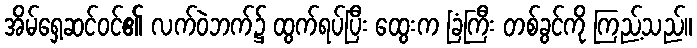
အိမ်ရှေ့ဆင်ဝင်၏ လက်ဝဲဘက်၌ ထွက်ရပ်ပြီး ထွေးက ခြံကြီး တစ်ခွင်ကို ကြည့်သည်။